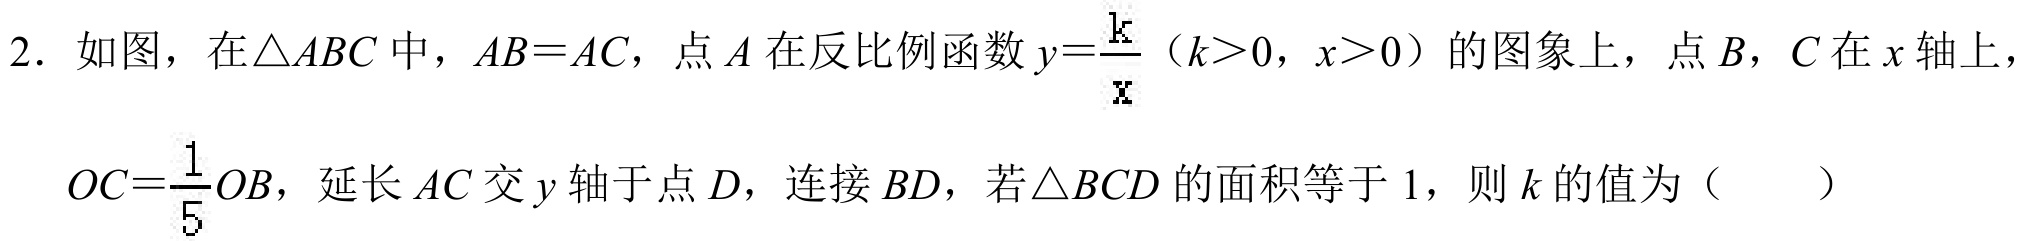
2. 如图，在$\triangle ABC$中，$AB = AC$，点$A$在反比例函数$y = \frac{k}{x}$（$k>0$，$x>0$）的图象上，点$B$，$C$在$x$轴上，
$OC=\frac{1}{5}OB$，延长$AC$交$y$轴于点$D$，连接$BD$，若$\triangle BCD$的面积等于$1$，则$k$的值为（  ）